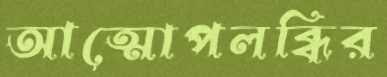
আত্মোপলব্ধির